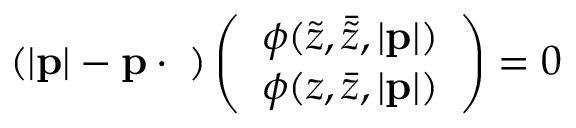
( | { \bf p } | - { \bf p } \cdot { \bf \sigma } ) \left( \begin{array} { c } { { \phi ( \tilde { z } , \bar { \tilde { z } } , | { \bf p } | ) } } \\ { { \phi ( z , \bar { z } , | { \bf p } | ) } } \end{array} \right) = 0